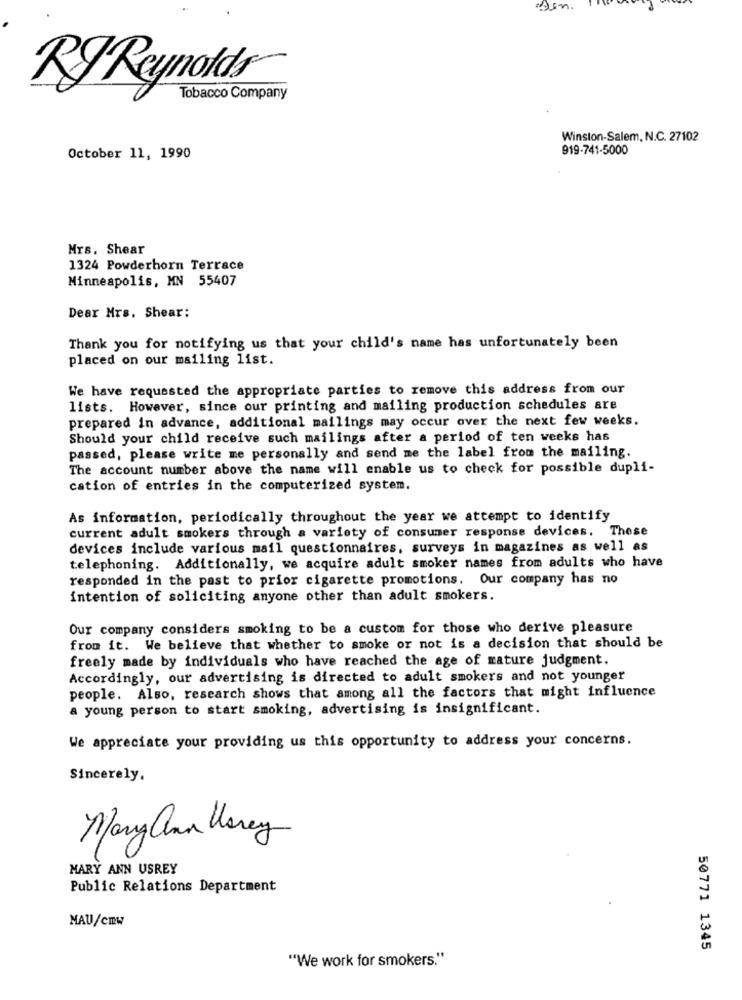
RJ Reynolds
Tobacco Company
Winston-Salem, N.C. 27102
919-741-5000
October 11, 1990
Mrs. Shear
1324 Powderhorn Terrace
Minneapolis, MN 55407
Dear Mrs. Shear:
Thank you for notifying us that your child's name has unfortunately been
placed on our mailing list.
We have requested the appropriate parties to remove this address from our
lists. However, since our printing and mailing production schedules are
prepared in advance, additional mailings may occur over the next few weeks.
Should your child receive such mailings after a period of ten weeks has
passed, please write me personally and send me the label from the mailing.
The account number above the name will enable us to check for possible dupli-
cation of entries in the computerized system.
As information, periodically throughout the year we attempt to identify
current adult smokers through a variety of consumer response devices. These
devices include various mail questionnaires, surveys in magazines as well as
telephoning. Additionally, we acquire adult smoker names from adults who have
responded in the past to prior cigarette promotions. Our company has no
intention of soliciting anyone other than adult smokers.
Our company considers smoking to be a custom for those who derive pleasure
from it. We believe that whether to smoke or not is a decision that should be
freely made by individuals who have reached the age of mature judgment.
Accordingly, our advertising is directed to adult smokers and not younger
people. Also, research shows that among all the factors that might influence
a young person to start smoking, advertising is insignificant.
We appreciate your providing us this opportunity to address your concerns.
Sincerely.
Mary Cnn Money
MARY ANN USREY
Public Relations Department
MAU/cmw
50771 1345
"We work for smokers."